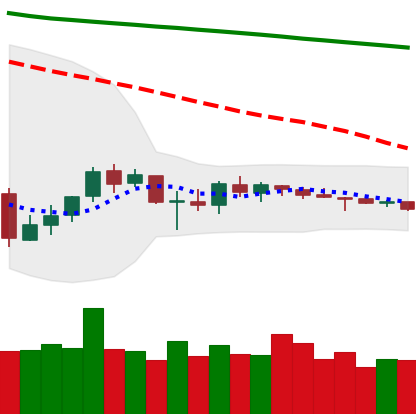
Ticker: ETC-USD
Chart end date: 2018-10-06
Forward return: -15.992%
Label: down_7plus